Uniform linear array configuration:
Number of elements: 24
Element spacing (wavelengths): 0.5
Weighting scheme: hann
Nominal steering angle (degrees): -30
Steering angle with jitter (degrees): -31.064
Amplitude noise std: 0.05
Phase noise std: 0.05

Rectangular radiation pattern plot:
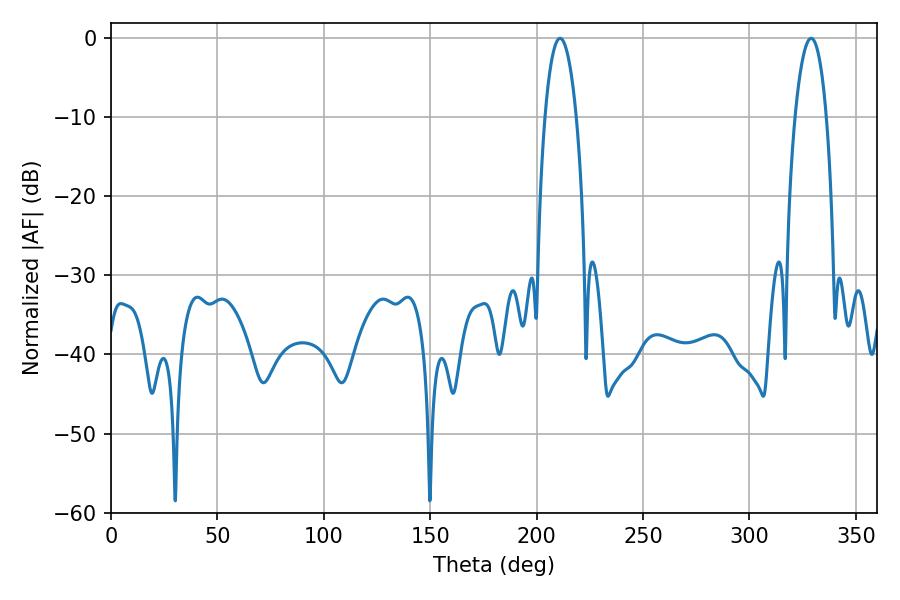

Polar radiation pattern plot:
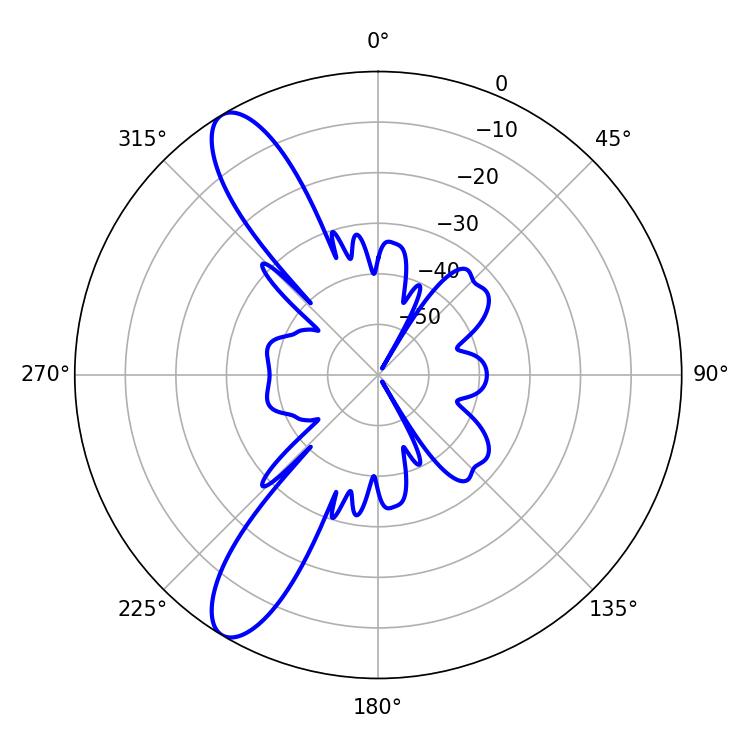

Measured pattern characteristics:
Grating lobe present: FALSE
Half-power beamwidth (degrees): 8.28
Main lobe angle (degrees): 210.96